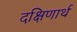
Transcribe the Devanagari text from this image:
दक्षिणार्थ